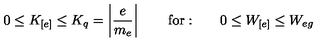
0 \leq K _ { [ e ] } \leq K _ { q } = \left| \frac { e } { m _ { e } } \right| \qquad \mathrm { f o r : } \qquad 0 \leq W _ { [ e ] } \leq W _ { e g }